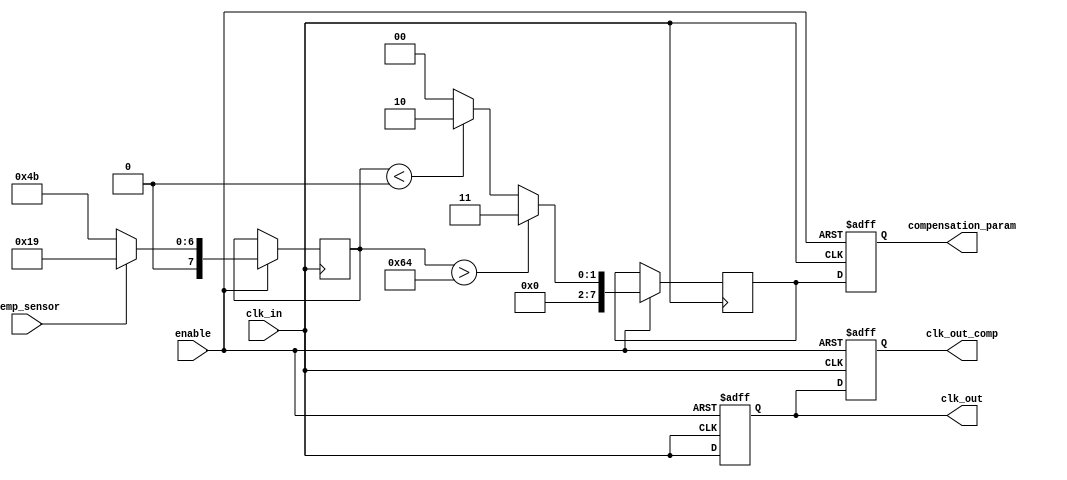
module temp_comp_clock_buffer (
    input wire clk_in,               // Input clock signal
    input wire temp_sensor,          // Temperature sensor input (simulated as a digital input)
    input wire enable,               // Enable signal for power management
    output reg clk_out,              // Buffered output clock signal
    output reg clk_out_comp,         // Compensated clock output signal
    output reg [7:0] compensation_param // Compensation parameters (for example, rise/fall time adjustments)
);

    // Parameters for clock characteristics
    parameter MAX_TEMP = 8'd100;   // Maximum temperature limit (arbitrary)
    parameter MIN_TEMP = 8'd0;      // Minimum temperature limit (arbitrary)

    // Internal variables
    reg [7:0] temp_reading;          // Simulated temperature reading
    reg [7:0] delay_adjust;          // Delay adjustment based on temperature
    reg [7:0] rise_fall_adjust;      // Rise/fall time adjustment based on temperature

    // Process to simulate temperature compensation and clock buffering
    always @(posedge clk_in or negedge enable) begin
        if (!enable) begin
            clk_out <= 0;            // Disable output when not enabled
            clk_out_comp <= 0;
            compensation_param <= 0; // Reset compensation parameters
        end else begin
            // Simulated temperature reading (for test purposes, it could be replaced with actual sensor data)
            temp_reading <= temp_sensor ? 8'd25 : 8'd75; // Example: 25C or 75C

            // Temperature compensation algorithm (simple linear model for demonstration)
            if (temp_reading > MAX_TEMP) begin
                delay_adjust <= 8'd5;  // Example adjustment
                rise_fall_adjust <= 8'd3; // Example adjustment
            end else if (temp_reading < MIN_TEMP) begin
                delay_adjust <= 8'd1;
                rise_fall_adjust <= 8'd2;
            end else begin
                delay_adjust <= 8'd0;    // No adjustment
                rise_fall_adjust <= 8'd0;
            end

            // Output clock generation with simple delay model (not realistic)
            clk_out <= clk_in; // Buffer the input clock signal
            #delay_adjust clk_out_comp <= clk_out; // Apply artificial delay for compensation
            compensation_param <= {delay_adjust, rise_fall_adjust}; // Update compensation parameters
        end
    end

endmodule